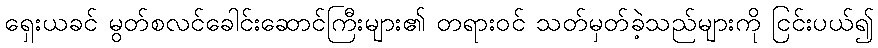
ရှေးယခင် မွတ်စလင်ခေါင်းဆောင်ကြီးများ၏ တရားဝင် သတ်မှတ်ခဲ့သည်များကို ငြင်းပယ်၍